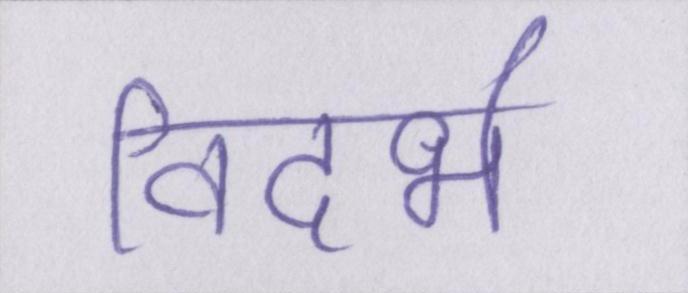
विदर्भ